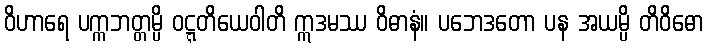
ဝိဟာရေ ပက္ကဘတ္တမ္ပိ ဝဋ္ဋတိယေဝါတိ ဣဒမဿ ဝိဓာနံ။ ပဘေဒတော ပန အယမ္ပိ တိဝိဓော